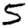
Digit: 5